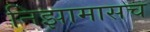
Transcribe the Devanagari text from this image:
निझामासच